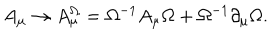
A _ { \mu } \to A _ { \mu } ^ { \Omega } = \Omega ^ { - 1 } A _ { \mu } \Omega + \Omega ^ { - 1 } \partial _ { \mu } \Omega .